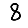
Digit: 8